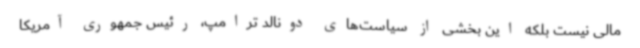
مالی نیست بلکه این بخشی از سیاست‌های دونالد ترامپ، رئیس جمهوری آمریکا